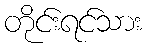
တိုင်းရင်သား